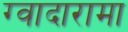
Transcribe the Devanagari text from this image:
ग्वादारामा